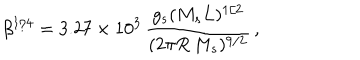
\beta ^ { 1 / 4 } = 3 . 2 7 \times 1 0 ^ { 3 } \, { \frac { g _ { s } ( M _ { s } L ) ^ { 1 / 2 } } { ( 2 \pi R \, M _ { s } ) ^ { 9 / 2 } } } \, ,